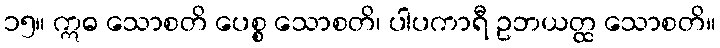
၁၅။ ဣဓ သောစတိ ပေစ္စ သောစတိ၊ ပါပကာရီ ဥဘယတ္ထ သောစတိ။